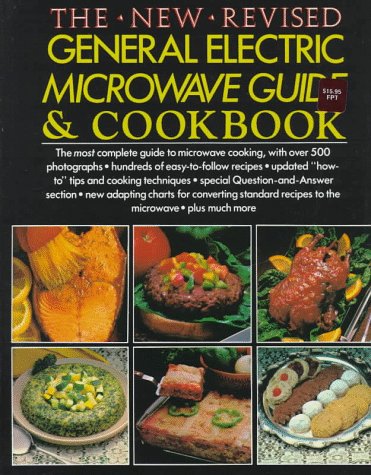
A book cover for General Electric Microwave Cookbook(The New Revised); General Electric; Cookbooks, Food & Wine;